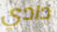
دادي